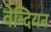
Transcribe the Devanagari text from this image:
वेन्दियन